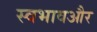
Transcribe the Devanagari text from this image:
स्वभावऔर